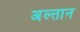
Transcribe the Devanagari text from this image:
अल्तान